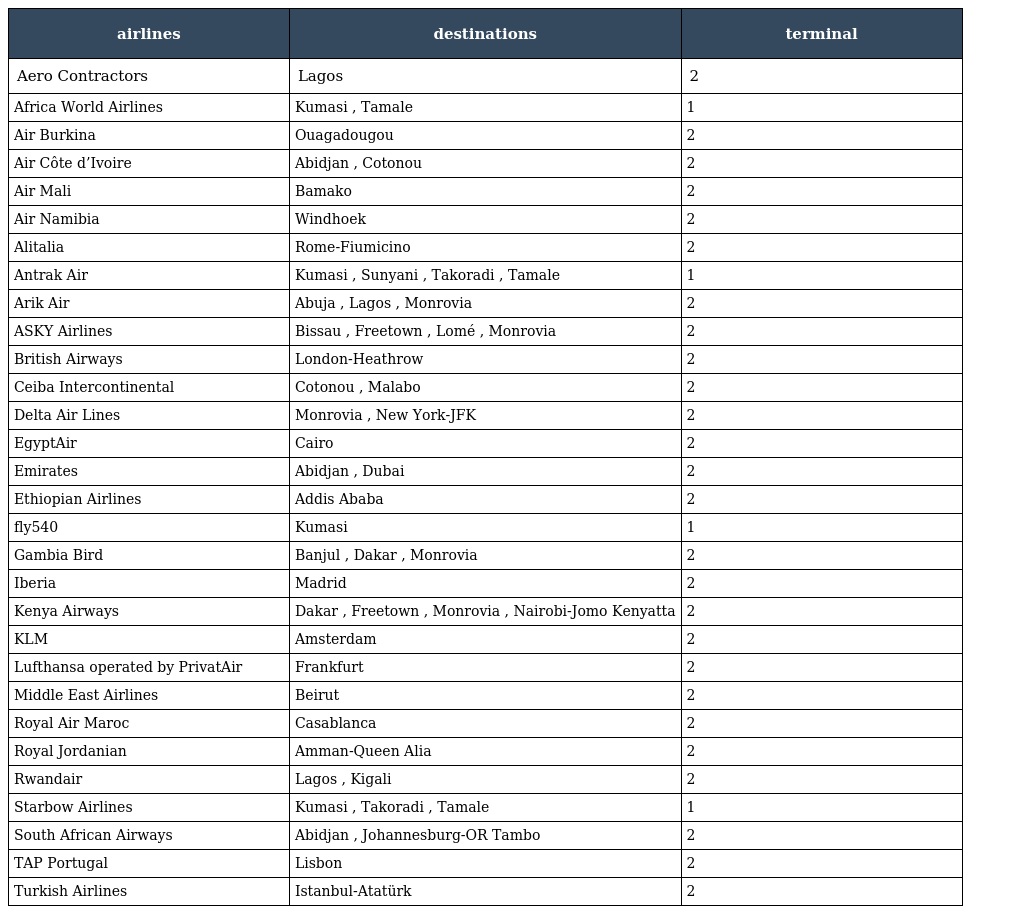
| airlines | destinations | terminal |
 | --- | --- | --- |
 | Aero Contractors | Lagos | 2 |
 | Africa World Airlines | Kumasi , Tamale | 1 |
 | Air Burkina | Ouagadougou | 2 |
 | Air Côte d’Ivoire | Abidjan , Cotonou | 2 |
 | Air Mali | Bamako | 2 |
 | Air Namibia | Windhoek | 2 |
 | Alitalia | Rome-Fiumicino | 2 |
 | Antrak Air | Kumasi , Sunyani , Takoradi , Tamale | 1 |
 | Arik Air | Abuja , Lagos , Monrovia | 2 |
 | ASKY Airlines | Bissau , Freetown , Lomé , Monrovia | 2 |
 | British Airways | London-Heathrow | 2 |
 | Ceiba Intercontinental | Cotonou , Malabo | 2 |
 | Delta Air Lines | Monrovia , New York-JFK | 2 |
 | EgyptAir | Cairo | 2 |
 | Emirates | Abidjan , Dubai | 2 |
 | Ethiopian Airlines | Addis Ababa | 2 |
 | fly540 | Kumasi | 1 |
 | Gambia Bird | Banjul , Dakar , Monrovia | 2 |
 | Iberia | Madrid | 2 |
 | Kenya Airways | Dakar , Freetown , Monrovia , Nairobi-Jomo Kenyatta | 2 |
 | KLM | Amsterdam | 2 |
 | Lufthansa operated by PrivatAir | Frankfurt | 2 |
 | Middle East Airlines | Beirut | 2 |
 | Royal Air Maroc | Casablanca | 2 |
 | Royal Jordanian | Amman-Queen Alia | 2 |
 | Rwandair | Lagos , Kigali | 2 |
 | Starbow Airlines | Kumasi , Takoradi , Tamale | 1 |
 | South African Airways | Abidjan , Johannesburg-OR Tambo | 2 |
 | TAP Portugal | Lisbon | 2 |
 | Turkish Airlines | Istanbul-Atatürk | 2 |